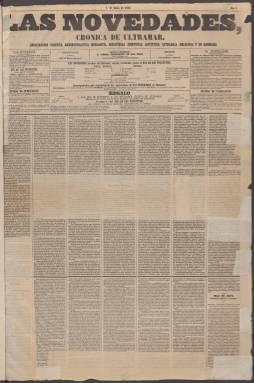
Título: Las Novedades (Madrid. 1856)
Otros títulos: Crónica de ultramar || Crónica de ultramar
Colección: Periódicos
Ámbito geográfico: Madrid
Lugar de publicación: Madrid
Fechas: 01/06/1856-23/12/1856